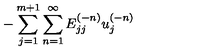
{ - \sum _ { j = 1 } ^ { m + 1 } \sum _ { n = 1 } ^ { \infty } E _ { j j } ^ { ( - n ) } u _ { j } ^ { ( - n ) } }